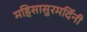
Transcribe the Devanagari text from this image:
महिसासुरमर्दिनी